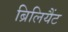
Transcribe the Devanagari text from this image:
ब्रिलियैंट